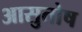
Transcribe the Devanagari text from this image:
आसुतोष